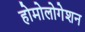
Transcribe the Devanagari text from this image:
होमोलोगेशन